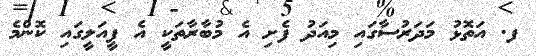
ފ. އަތޮޅު މަދަރުސާގައި މިއަދު ފެށި އެ މުބާރާތަކީ އެ ފީއަލީގައި ކޮންމެ